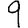
Digit: 9